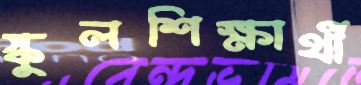
স্কুলশিক্ষার্থী